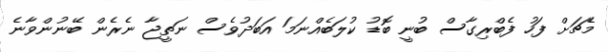
މެޗަށް ފަހު ފެބްރިގާސް ބުނީ ބޮޑު ކުލަބެއްނަމަ އަބަދުވެސް ނަތީޖާ ނެރެން ބޭނުންވާނެ